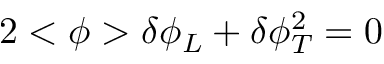
2 < \phi > \delta \phi _ { L } + \delta \phi _ { T } ^ { 2 } = 0